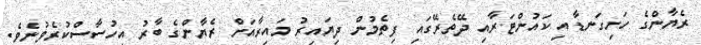
ރެޔާންގެ ހަށިގަނޑާއި ކައުންޓަރާއި ދޭތެރޭގައި ފިތެމުން ދިޔައިރު މައިރާއަށް ރެޔާންގެ ބާރު އިހުސާސްކުރެވުނެވެ.